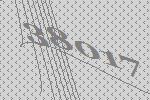
38017